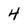
Character: 4